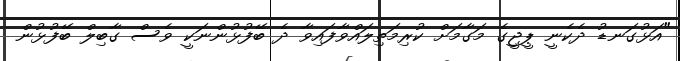
"އަޅުގަނޑު ދެކެނީ ޕީޖީގެ މަގާމަށް ކުރިމަތިލައްވާފައިވާ ދެ ބޭފުޅުންނަކީ ވެސް ގާބިލް ބޭފުޅުން